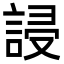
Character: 誛